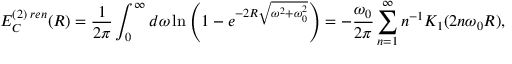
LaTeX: E _ { C } ^ { ( 2 ) \; r e n } ( R ) = \frac { 1 } { 2 \pi } \int _ { 0 } ^ { \infty } d \omega \ln \left( 1 - e ^ { - 2 R \sqrt { \omega ^ { 2 } + \omega _ { 0 } ^ { 2 } } } \right) = - \frac { \omega _ { 0 } } { 2 \pi } \sum _ { n = 1 } ^ { \infty } n ^ { - 1 } K _ { 1 } ( 2 n \omega _ { 0 } R ) ,